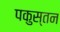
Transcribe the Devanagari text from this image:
पकुस्तन